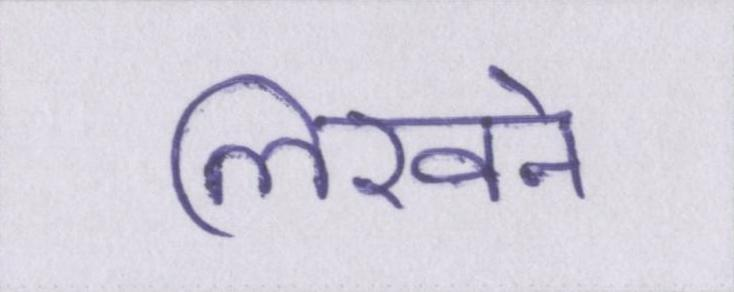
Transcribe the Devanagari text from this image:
लिखने